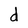
Character: d